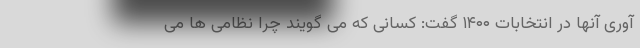
آوری آنها در انتخابات ۱۴۰۰ گفت: کسانی که می گویند چرا نظامی ها می